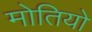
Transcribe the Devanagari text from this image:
मोतियो